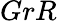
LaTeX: GrR